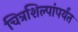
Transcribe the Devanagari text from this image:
चित्रशिल्पांपर्यंत